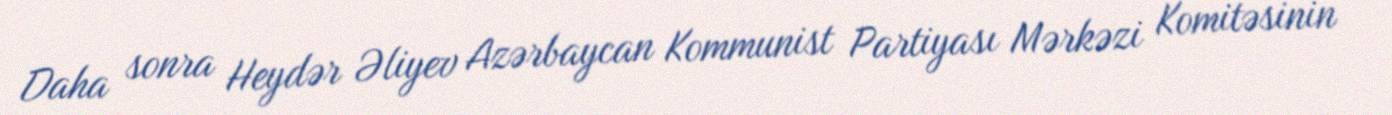
Daha sonra Heydər Əliyev Azərbaycan Kommunist Partiyası Mərkəzi Komitəsinin